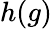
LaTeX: h(g)